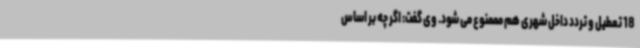
18 تعطیل و تردد داخل شهری هم مممنوع می شود. وی گفت: اگر چه بر اساس